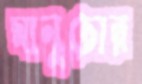
মানুচোর